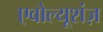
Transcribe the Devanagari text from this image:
एवोल्यूशंज़